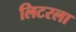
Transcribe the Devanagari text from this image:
लिटरला